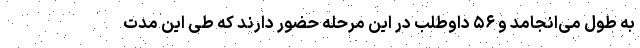
به طول می‌انجامد و ۵۶ داوطلب در این مرحله حضور دارند که طی این مدت